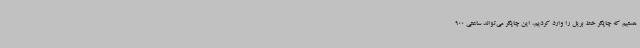
هستیم که چاپگر خط بریل را وارد کردیم، این چاپگر می‌تواند ساعتی 900